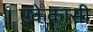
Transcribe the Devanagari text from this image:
एकेकासी